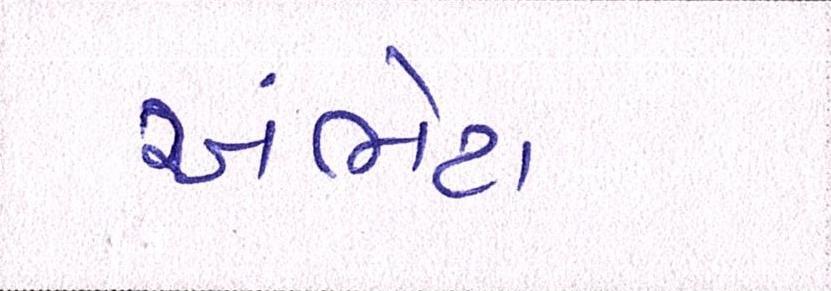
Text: અંભેટા